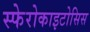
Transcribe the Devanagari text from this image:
स्फेरोकाइटोसिस